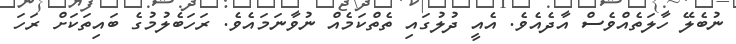
ނުބެލޭ ހާލަތެއްވެސް އާދެއެވެ. އެއީ ދުލުގައި ތެތްކަމެއް ނުވާނަމައެވެ. ރަހަބެލުމުގެ ބައިތަކަށް ރަހަ